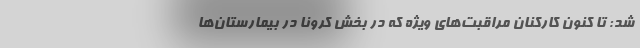
شد: تا کنون کارکنان مراقبت‌های ویژه که در بخش کرونا در بیمارستان‌ها